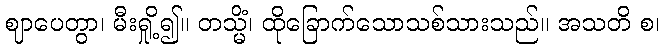
ဈာပေတွာ၊ မီးရှို့၍။ တသ္မိံ၊ ထိုခြောက်သောသစ်သားသည်။ အသတိ စ၊